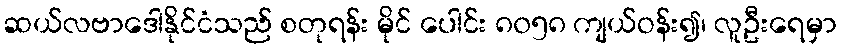
ဆယ်လဗာဒေါနိုင်ငံသည် စတုရန်း မိုင် ပေါင်း ၈၀၅၈ ကျယ်ဝန်း၍၊ လူဦးရေမှာ